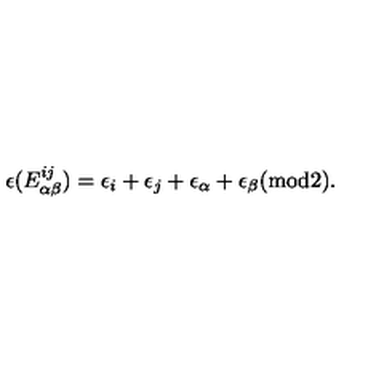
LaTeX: \epsilon ( E _ { \alpha \beta } ^ { i j } ) = \epsilon _ { i } + \epsilon _ { j } + \epsilon _ { \alpha } + \epsilon _ { \beta } ( \mathrm { m o d 2 } ) .